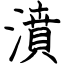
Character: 濆